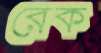
রেক